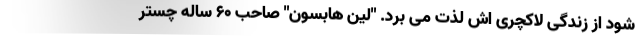
شود از زندگی لاکچری اش لذت می برد. "لین هابسون" صاحب ۶۰ ساله چستر